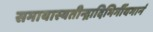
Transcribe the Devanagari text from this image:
समायास्यतीन्द्रादिभिर्गीयमानं